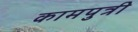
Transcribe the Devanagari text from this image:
कामपुत्री